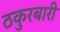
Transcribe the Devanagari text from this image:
ठकुरबारी